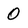
Character: 0